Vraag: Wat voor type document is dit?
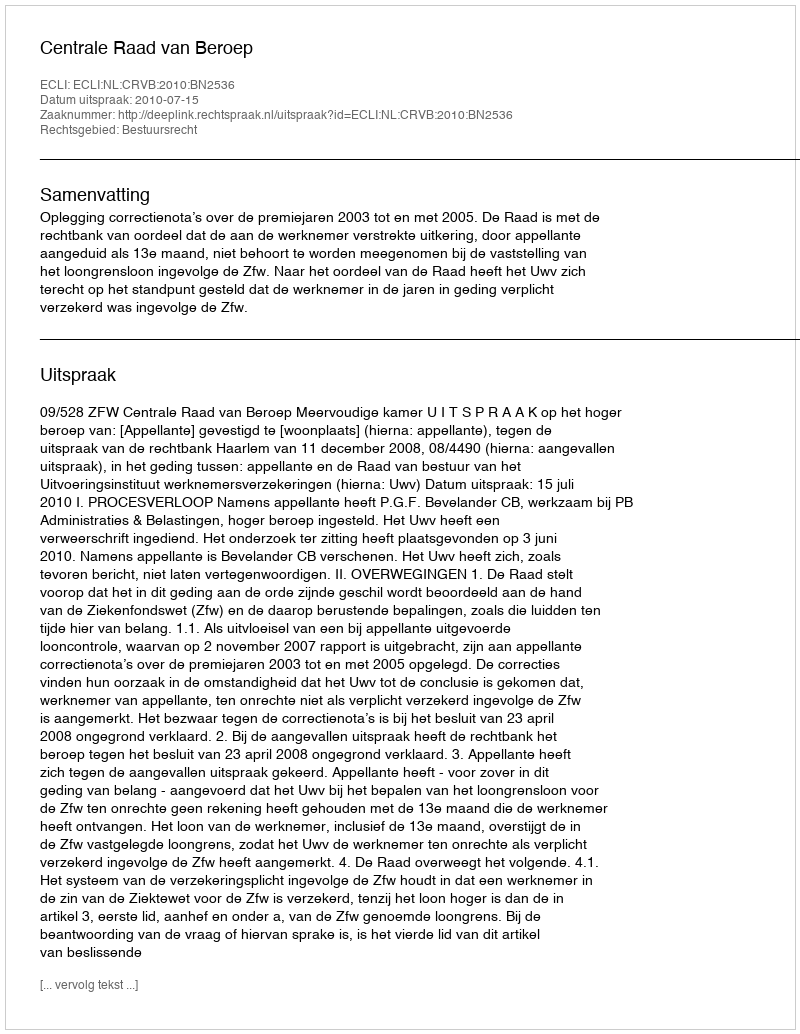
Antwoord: Uitspraak